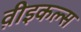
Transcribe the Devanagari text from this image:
व़ीइकल्स